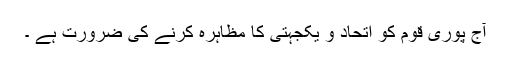
آج پوری قوم کو اتحاد و یکجہتی کا مظاہرہ کرنے کی ضرورت ہے ۔